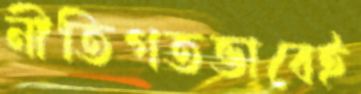
নীতিগতভাবেই